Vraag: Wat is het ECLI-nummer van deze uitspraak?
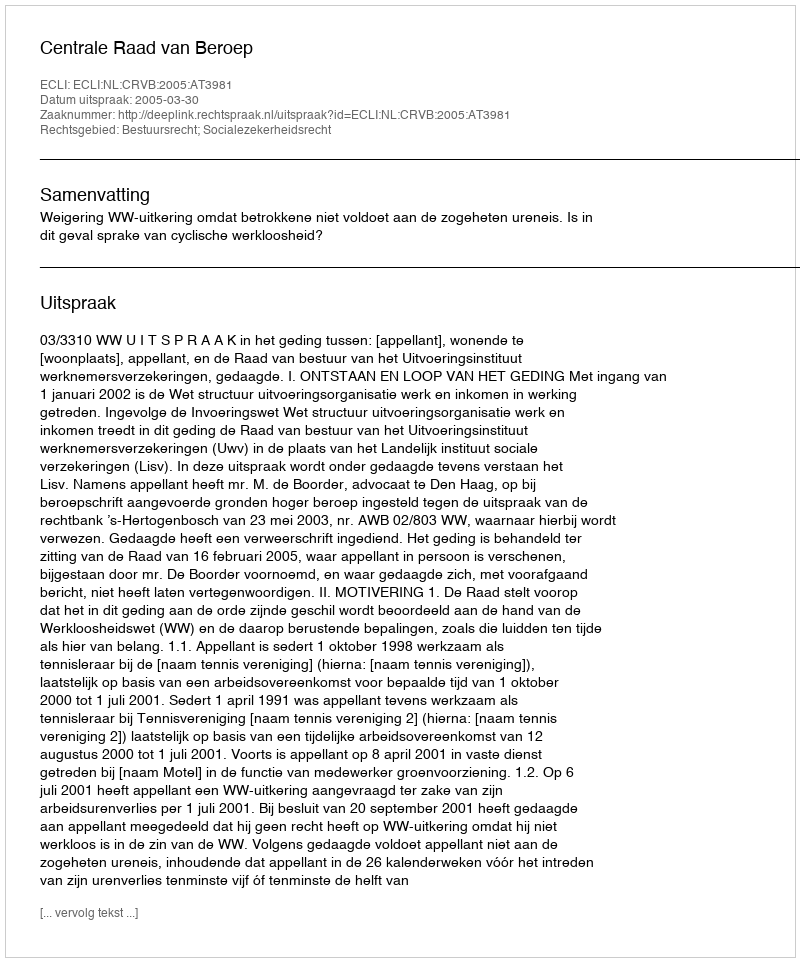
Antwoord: ECLI:NL:CRVB:2005:AT3981